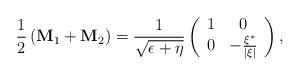
LaTeX: \begin{align*}\frac 12\left( {\bf M}_1+{\bf M}_2\right) =\frac 1{\sqrt{\epsilon +\eta }}\left( \begin{array}{cc}1 & 0 \\ 0 & -\frac{\xi ^{*}}{\left| \xi \right| } \end{array}\right) ,\end{align*}